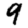
Digit: 9